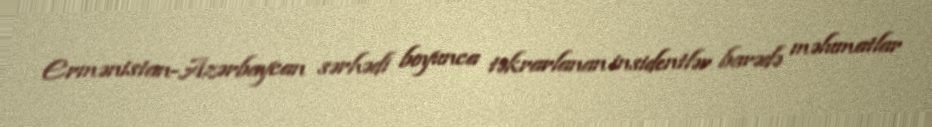
Ermənistan-Azərbaycan sərhədi boyunca təkrarlanan insidentlər barədə məlumatlar